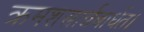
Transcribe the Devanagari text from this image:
क्रमशस्त्रार्न्नबार्धत।